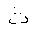
Letter: _tha